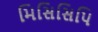
મિસિસિપિ